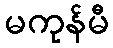
မကုန်မီ